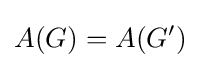
A(G)=A(G')